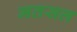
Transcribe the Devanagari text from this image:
मतसल